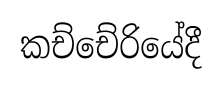
කච්චේරියේදී